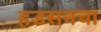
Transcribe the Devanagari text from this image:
हडसनचा